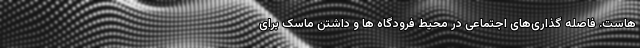
هاست. فاصله گذاری‌های اجتماعی در محیط فرودگاه ها و داشتن ماسک برای